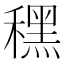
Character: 䆀